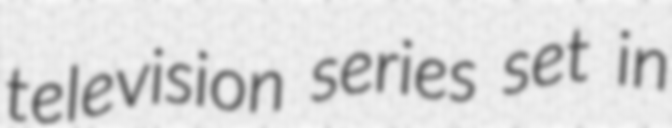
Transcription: television series set in